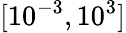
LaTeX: [10^{-3},10^{3}]